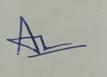
Signature authenticity: genuine